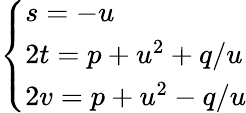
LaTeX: \left\{ {\begin{array}{l}{s=-u}\\ {2t=p+u^{2}+q/u}\\ {2v=p+u^{2}-q/u}\end{array}}\right.